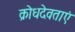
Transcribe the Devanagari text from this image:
क्रोधदेवताएं